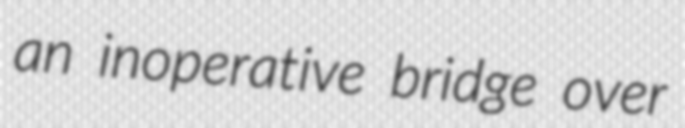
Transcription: an inoperative bridge over